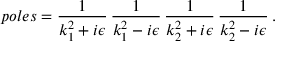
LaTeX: p o l e s = \frac { 1 } { k _ { 1 } ^ { 2 } + i \epsilon } \, \frac { 1 } { k _ { 1 } ^ { 2 } - i \epsilon } \, \frac { 1 } { k _ { 2 } ^ { 2 } + i \epsilon } \, \frac { 1 } { k _ { 2 } ^ { 2 } - i \epsilon } \, .